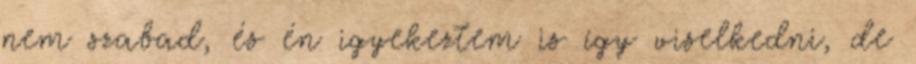
nem szabad, és én igyekeztem is így viselkedni, de